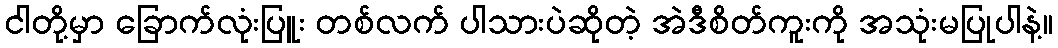
ငါတို့မှာ ခြောက်လုံးပြူး တစ်လက် ပါသားပဲဆိုတဲ့ အဲဒီစိတ်ကူးကို အသုံးမပြုပါနဲ့။